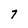
Character: 7